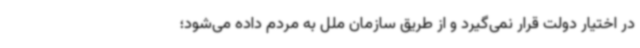
در اختیار دولت قرار نمی‌گیرد و از طریق سازمان ملل به مردم داده می‌شود؛